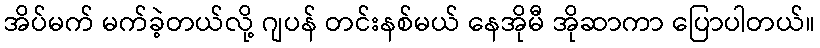
အိပ်မက် မက်ခဲ့တယ်လို့ ဂျပန် တင်းနစ်မယ် နေအိုမီ အိုဆာကာ ပြောပါတယ်။